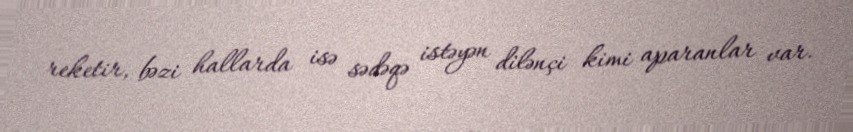
reketir, bəzi hallarda isə sədəqə istəyən dilənçi kimi aparanlar var.